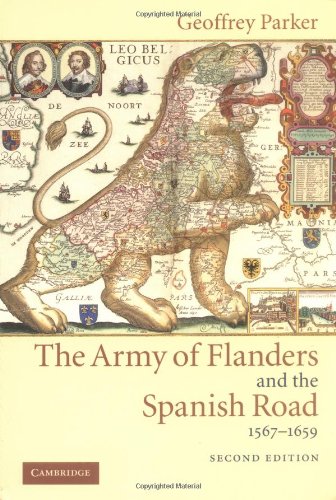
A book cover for The Army of Flanders and the Spanish Road, 1567-1659: The Logistics of Spanish Victory and Defeat in the Low Countries' Wars (Cambridge Studies in Early Modern History); Geoffrey Parker; History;